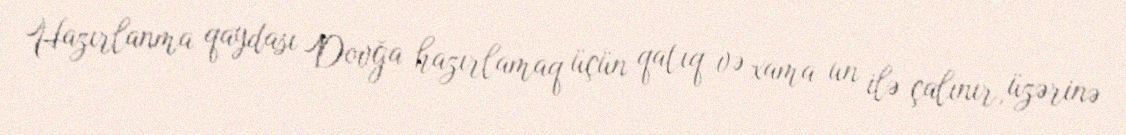
Hazırlanma qaydası Dovğa hazırlamaq üçün qatıq və xama un ilə çalınır, üzərinə